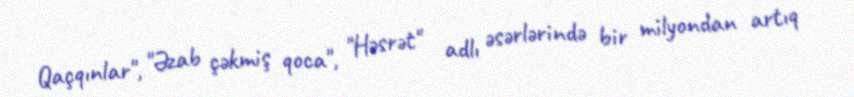
Qaçqınlar", "Əzab çəkmiş qoca", "Həsrət" adlı əsərlərində bir milyondan artıq